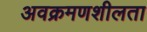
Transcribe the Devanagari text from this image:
अवक्रमणशीलता